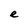
Character: e